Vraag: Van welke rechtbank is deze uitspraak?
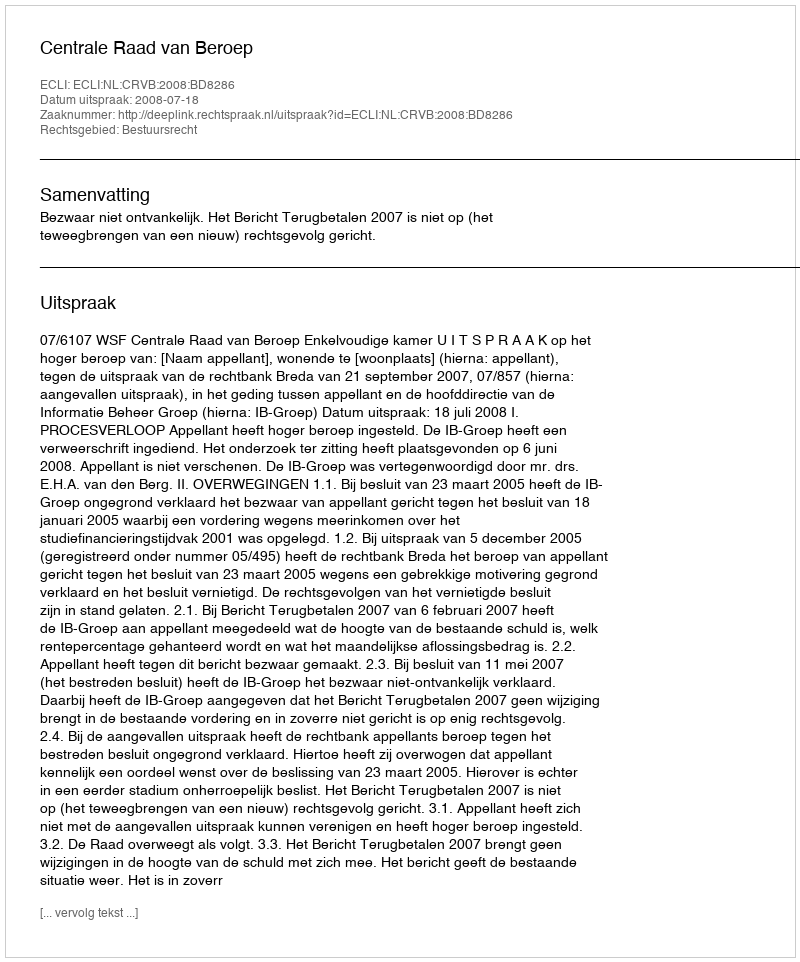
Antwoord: Centrale Raad van Beroep